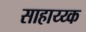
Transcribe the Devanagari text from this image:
साहाय्य्क